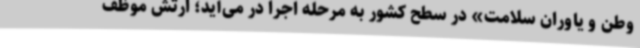
وطن و یاوران سلامت» در سطح کشور به مرحله اجرا در می‌آید؛ ارتش موظف